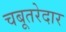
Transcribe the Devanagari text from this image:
चबूतरेदार